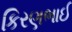
કિરણભાઈ